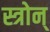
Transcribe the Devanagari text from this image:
स्त्रोन्